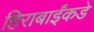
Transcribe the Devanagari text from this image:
हिराबाईंकडे